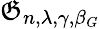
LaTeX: \mathfrak{G}_{n,\lambda,\gamma,\beta_{G}}